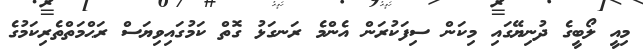
މިއީ ލޯބީގެ ދުނިޔޭގައި މިކަން ސިފަކުރަން އެންމެ ރަނގަޅު ގޮތް ކަމުގައިވިޔަސް ރަޙްމަތްތެރިކަމުގެ